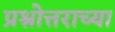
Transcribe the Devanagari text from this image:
प्रश्नोत्तराच्या